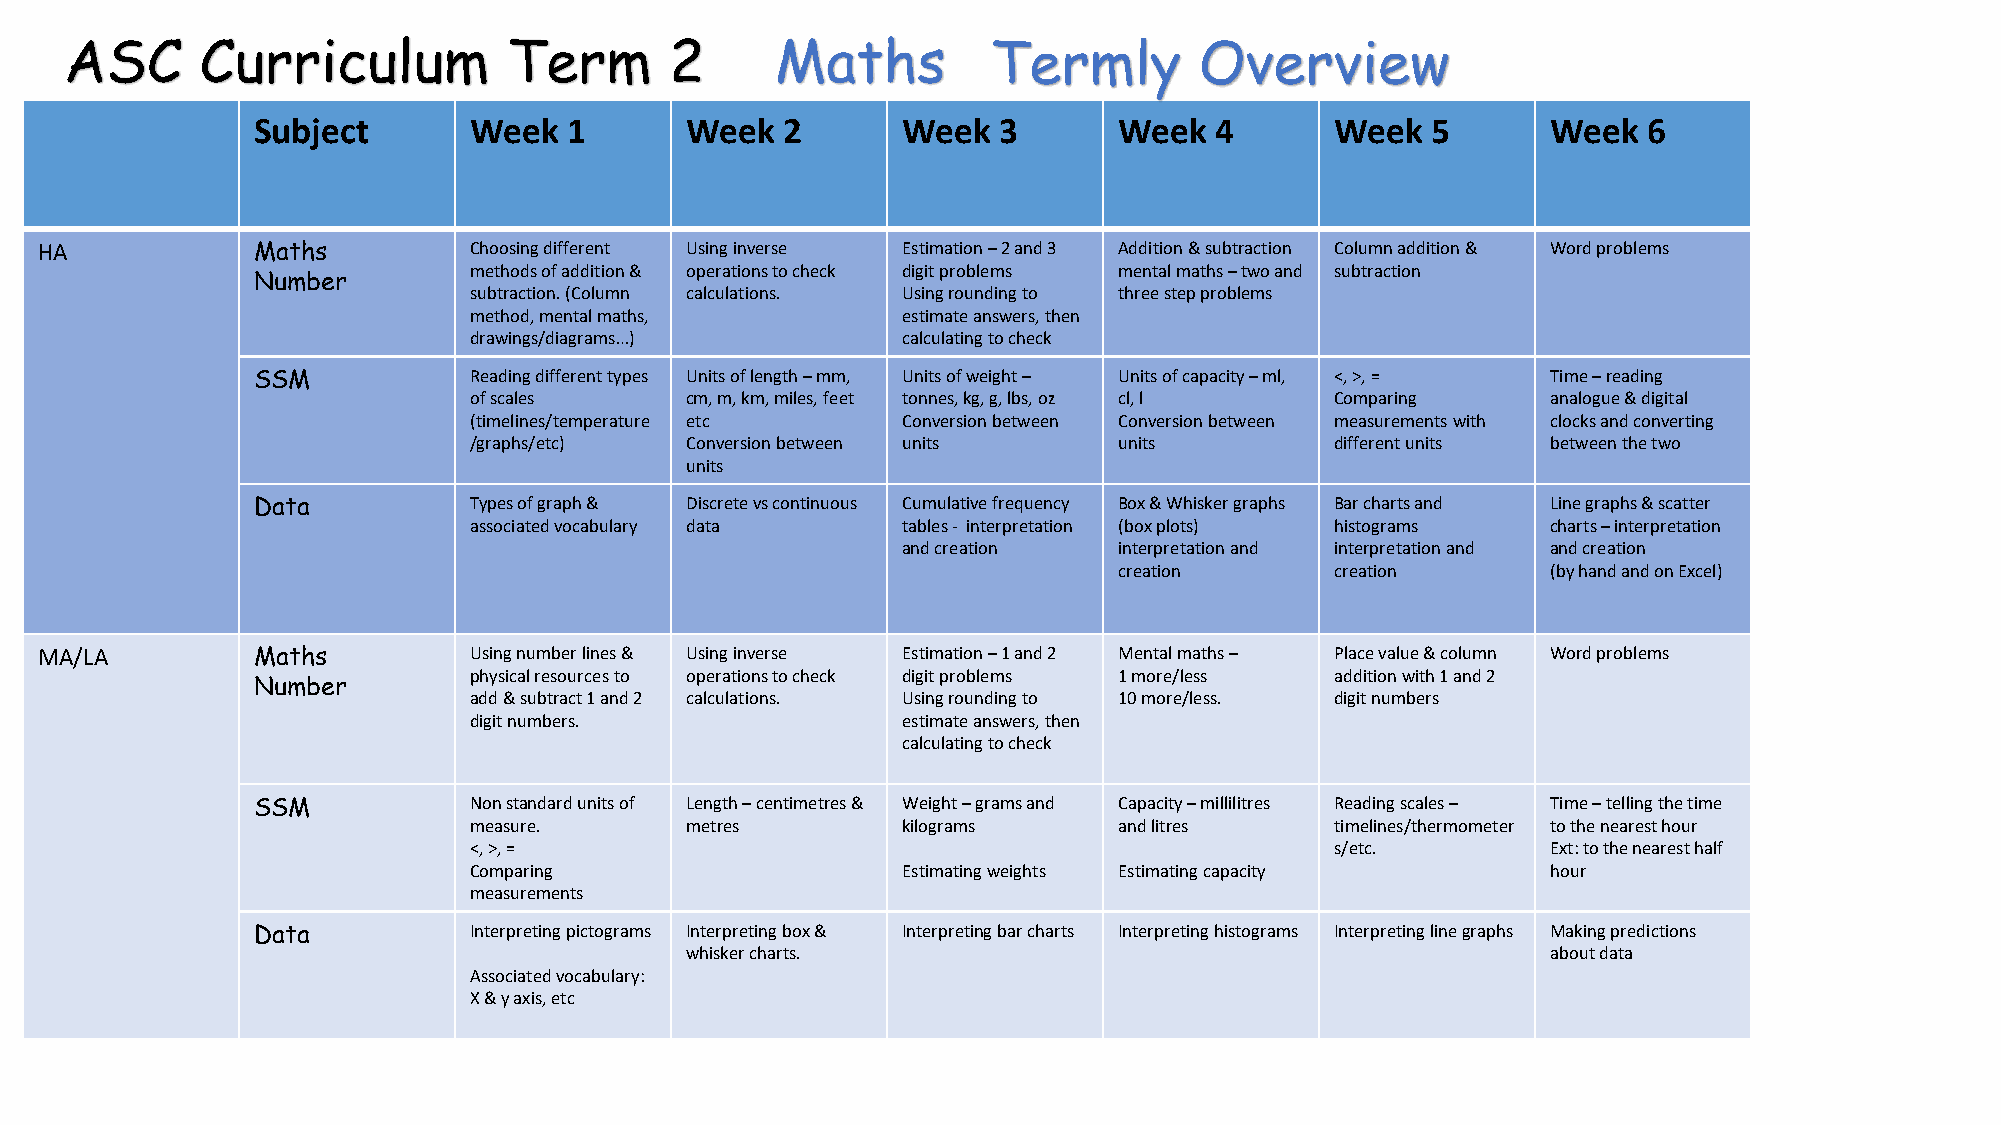
ASC      Curriculum           Term      2      Maths         Termly        Overview
 Subject       Week   1      Week   2       Week  3       Week  4       Week   5       Week  6
 HA            Maths         Choosing different Using inverse Estimation –2 and 3 Addition & subtraction Column addition & Word problems
 methods of addition & operations to check digit problems mental maths –two and subtraction
 Number
 subtraction. (Column calculations. Using rounding to three step problems
 method, mental maths,        estimate answers, then
 drawings/diagrams…)          calculating to check
 SSM           Reading different types Units of length –mm, Units of weight – Units of capacity –ml, <, >, = Time –reading
 of scales     cm, m, km, miles, feet tonnes, kg, g, lbs, oz cl, l Comparing analogue & digital
 (timelines/temperature etc   Conversion between Conversion between measurements with clocks and converting
 /graphs/etc)  Conversion between units     units         different units between the two
 units
 Data          Types of graph & Discrete vs continuous Cumulative frequency Box & Whisker graphs Bar charts and Line graphs & scatter
 associated vocabulary data   tables - interpretation (box plots) histograms charts –interpretation
 and creation  interpretation and interpretation and and creation
 creation      creation       (by hand and on Excel)
 MA/LA         Maths         Using number lines & Using inverse Estimation –1 and 2 Mental maths – Place value & column Word problems
 physical resources to operations to check digit problems 1 more/less addition with 1 and 2
 Number
 add & subtract 1 and 2 calculations. Using rounding to 10 more/less. digit numbers
 digit numbers.               estimate answers, then
 calculating to check
 SSM           Non standard units of Length –centimetres & Weight –grams and Capacity –millilitres Reading scales – Time –telling the time
 measure.      metres         kilograms     and litres    timelines/thermometer to the nearest hour
 <, >, =                                                  s/etc.         Ext: to the nearest half
 Comparing                    Estimating weights Estimating capacity     hour
 measurements
 Data          Interpreting pictograms Interpreting box & Interpreting bar charts Interpreting histograms Interpreting line graphs Making predictions
 whisker charts.                                           about data
 Associated vocabulary:
 X & y axis, etc